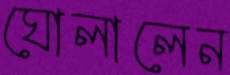
ঘোলালেন